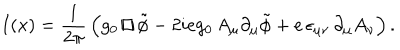
I ( x ) = \frac { 1 } { 2 \pi } \, \Bigl ( g _ { 0 } \, { \sqcap \! \! \! \! \sqcup } \, \tilde { \phi } - 2 i e g _ { 0 } \, A _ { \mu } \partial _ { \mu } \tilde { \phi } + e \, \epsilon _ { \mu \nu } \, \partial _ { \mu } A _ { \nu } \Bigr ) \, .